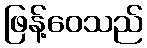
ဖြန့်ဝေသည်